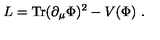
L = \mathrm { T r } ( \partial _ { \mu } \Phi ) ^ { 2 } - V ( \Phi ) \ .